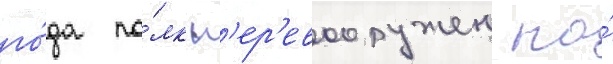
го́да по́лк п'ер'евооружен на́